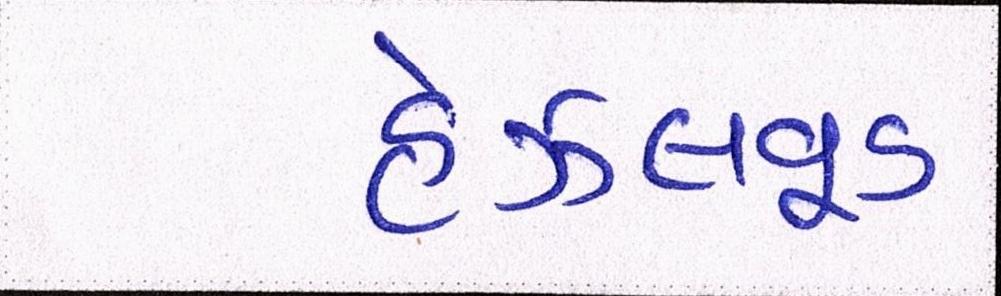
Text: હેઝલવૂડ